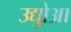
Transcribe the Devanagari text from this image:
उद्योुआ